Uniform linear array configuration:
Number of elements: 24
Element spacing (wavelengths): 0.75
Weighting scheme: hann
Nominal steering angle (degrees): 15
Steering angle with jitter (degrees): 13.733
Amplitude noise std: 0.05
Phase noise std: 0.05

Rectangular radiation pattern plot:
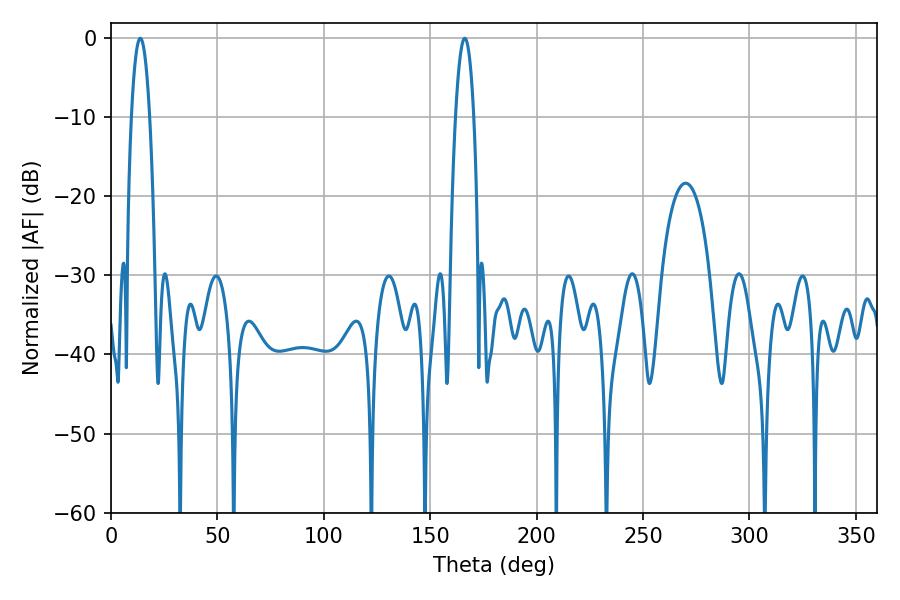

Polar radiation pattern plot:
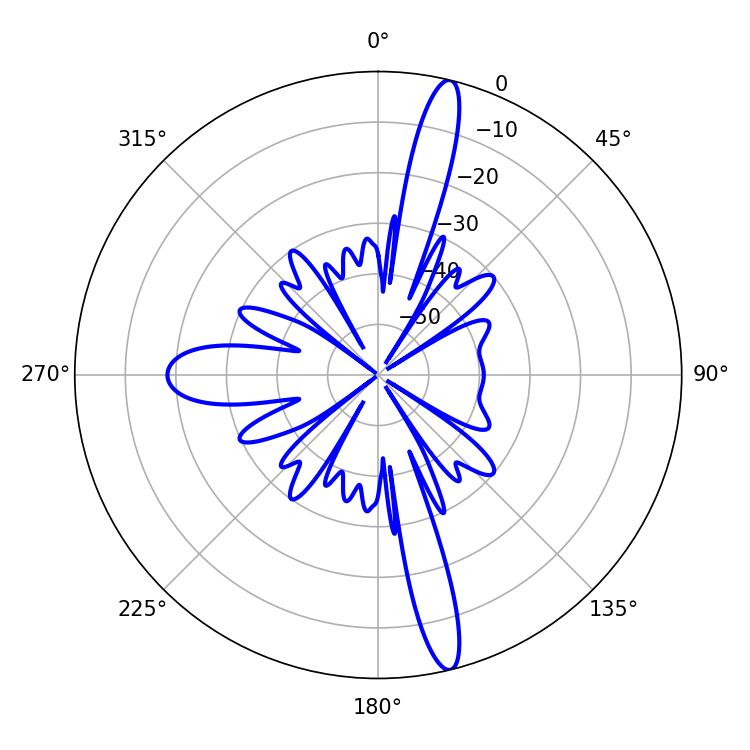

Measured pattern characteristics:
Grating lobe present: TRUE
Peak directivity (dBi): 17.043
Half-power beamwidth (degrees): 4.86
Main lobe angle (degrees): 13.68